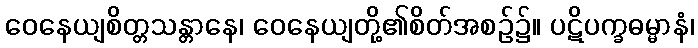
ဝေနေယျစိတ္တသန္တာနေ၊ ဝေနေယျတို့၏စိတ်အစဉ်၌။ ပဋိပက္ခဓမ္မာနံ၊